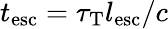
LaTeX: t_{\mathrm{esc}}=\tau_{\mathrm{T}}l_{\mathrm{esc}}/c